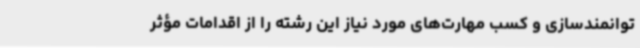
توانمندسازی و کسب مهارت‌های مورد نیاز این رشته را از اقدامات مؤثر